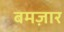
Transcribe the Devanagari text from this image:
बमज़ार